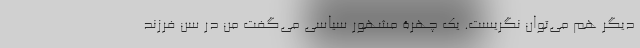
دیگر هم می‌توان نگریست. یک چهرۀ مشهور سیاسی می‌گفت من در سن فرزند